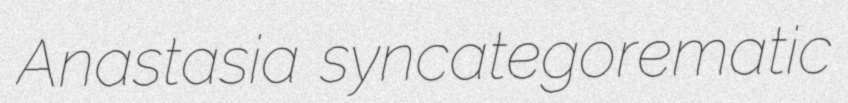
Anastasia syncategorematic